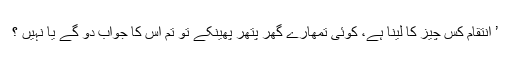
’ انتقام کس چیز کا لینا ہے، کوئی تمھارے گھر پتھر پھینکے تو تم اس کا جواب دو گے یا نہیں ؟